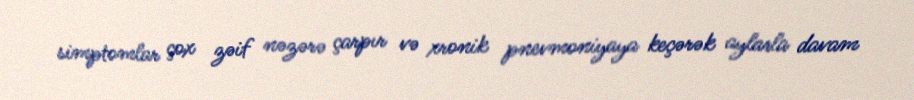
simptomlar çox zəif nəzərə çarpır və xronik pnevmoniyaya keçərək aylarla davam